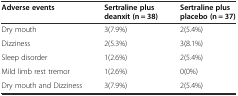
<table><thead><tr><td><b>Adverse events</b></td><td><b>Sertraline plus deanxit (n = 38)</b></td><td><b>Sertraline plus placebo (n = 37)</b></td></tr></thead><tbody><tr><td>Dry mouth</td><td>3(7.9%)</td><td>2(5.4%)</td></tr><tr><td>Dizziness</td><td>2(5.3%)</td><td>3(8.1%)</td></tr><tr><td>Sleep disorder</td><td>1(2.6%)</td><td>2(5.4%)</td></tr><tr><td>Mild limb rest tremor</td><td>1(2.6%)</td><td>0(0%)</td></tr><tr><td>Dry mouth and Dizziness</td><td>3(7.9%)</td><td>2(5.4%)</td></tr></tbody></table>